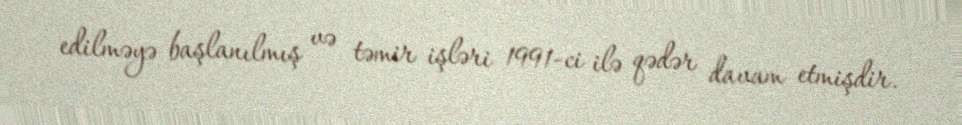
edilməyə başlanılmış və təmir işləri 1991-ci ilə qədər davam etmişdir.